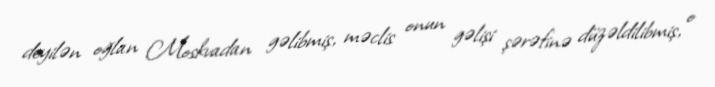
deyilən oğlan Moskvadan gəlibmiş, məclis onun gəlişi şərəfinə düzəldilibmiş, o